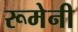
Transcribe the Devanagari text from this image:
रूमेनी